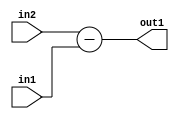
`timescale 1ps / 1ps
/*****************************************************************************
    Verilog RTL Description
    
    
    Created by: Stratus DpOpt 2019.1.01 
*******************************************************************************/

module st_feature_addr_gen_Sub_17Ux1U_18S_4_3 (
	in2,
	in1,
	out1
	); /* architecture "behavioural" */ 
input [16:0] in2;
input  in1;
output [17:0] out1;
wire [17:0] asc001;

assign asc001 = 
	+(in2)
	-(in1);

assign out1 = asc001;
endmodule

/* CADENCE  ubH5TQ8= : u9/ySgnWtBlWxVPRXgAZ4Og= ** DO NOT EDIT THIS LINE ******/